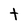
Character: t